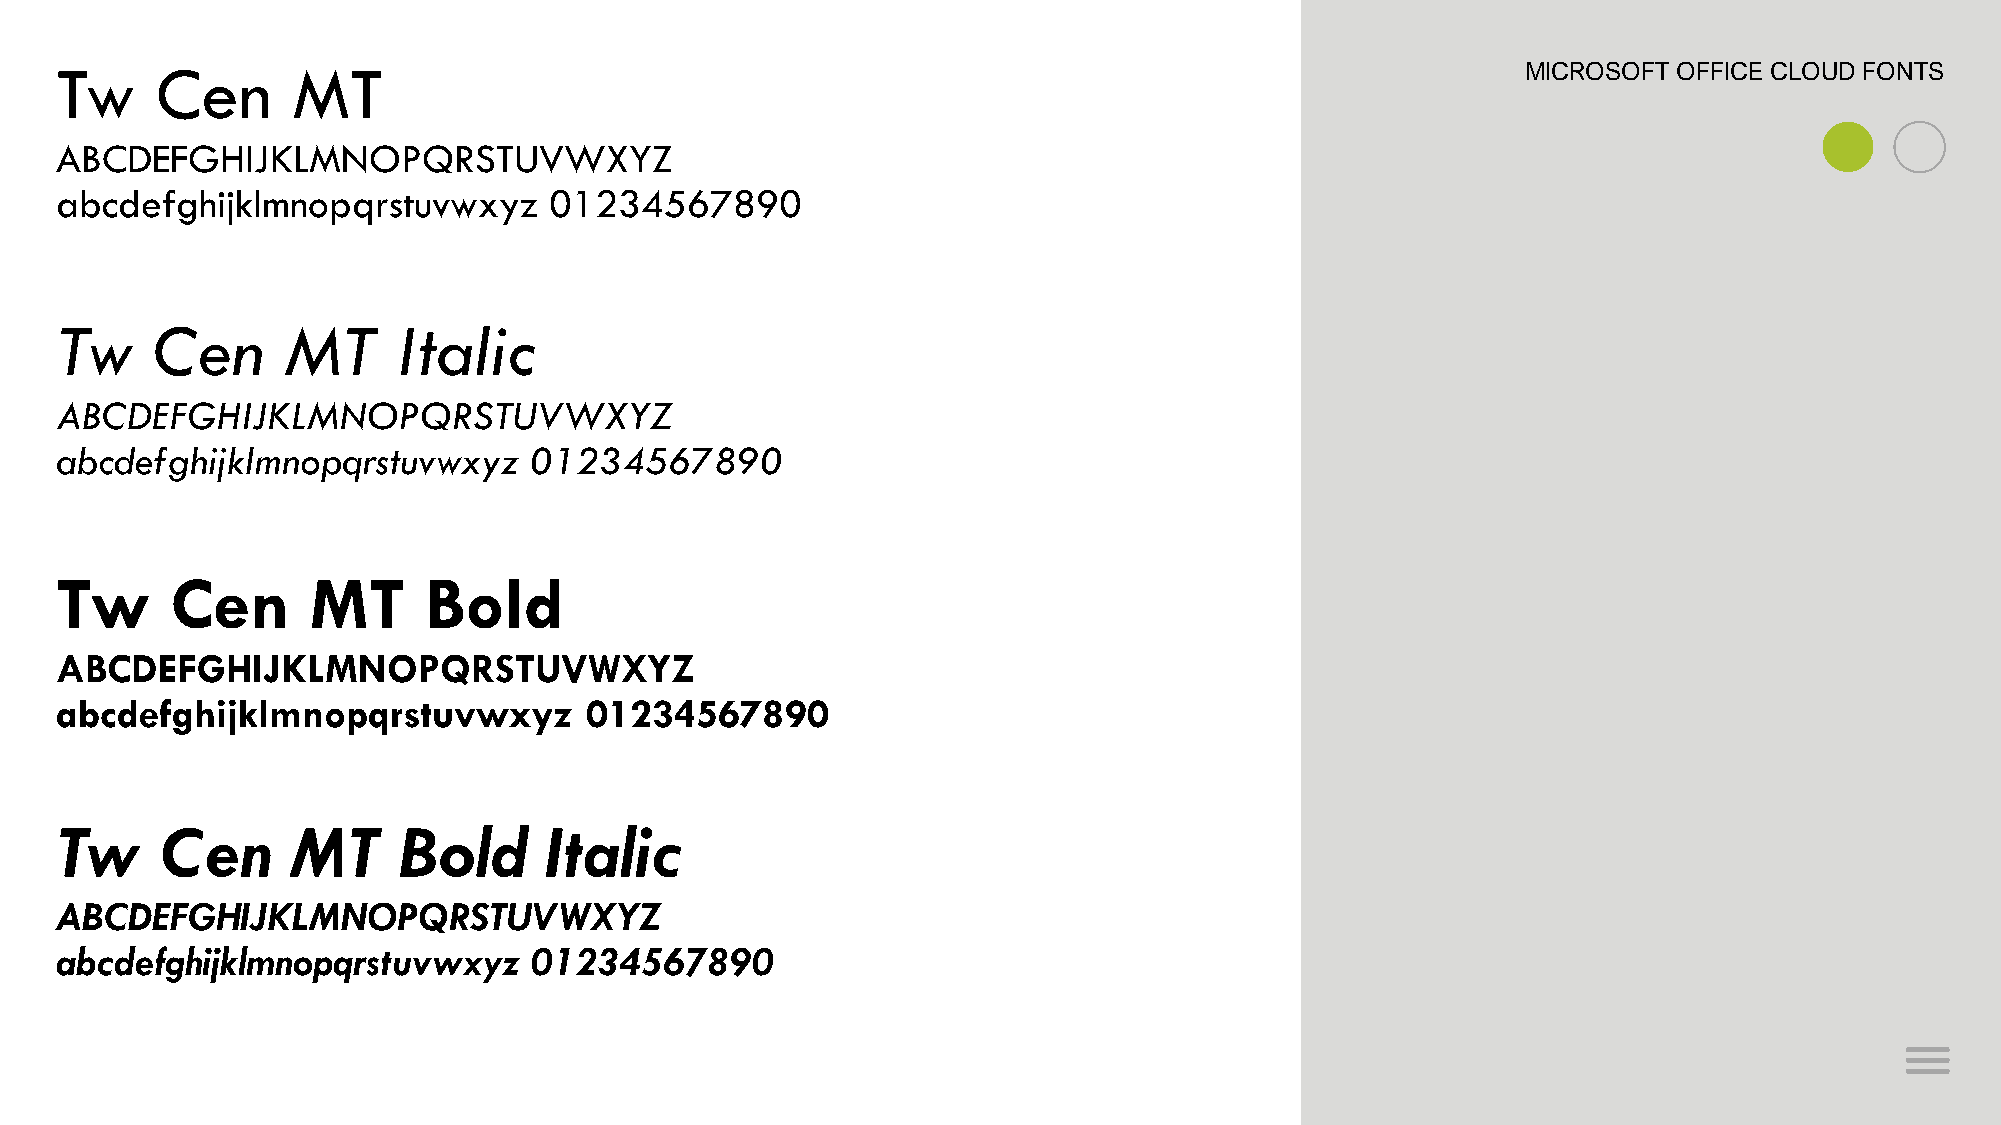
Tw    Cen      MT                                                                                MICROSOFT OFFICE CLOUD FONTS
 ABCDEFGHIJKLMNOPQRSTUVWXYZ
 abcdefghijklmnopqrstuvwxyz      01234567890
 Tw    Cen      MT     Italic
 ABCDEFGHIJKLMNOPQRSTUVWXYZ
 abcdefghijklmnopqrstuvwxyz     01234567890
 Tw     Cen      MT      Bold
 ABCDEFGHIJKLMNOPQRSTUVWXYZ
 abcdefghijklmnopqrstuvwxyz         01234567890
 Tw     Cen     MT     Bold      Italic
 ABCDEFGHIJKLMNOPQRSTUVWXYZ
 abcdefghijklmnopqrstuvwxyz     01234567890